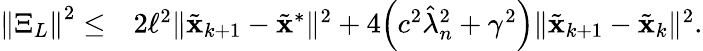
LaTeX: \begin{array}{rl}{\left\| \Xi_{L}\right\| ^{2}\leq}&{2\ell^{2}\| \tilde{\mathbf{x}}_{k+1}-\tilde{\mathbf{x}}^{\ast}\| ^{2}+4\Big(c^{2}\hat{\lambda}_{n}^{2}+\gamma^{2}\Big)\| \tilde{\mathbf{x}}_{k+1}-\tilde{\mathbf{x}}_{k}\| ^{2}.}\end{array}